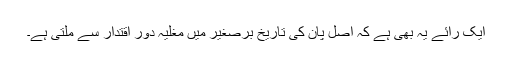
ایک رائے یہ بھی ہے کہ اصل پان کی تاریخ برصغیر میں مغلیہ دورِ اقتدار سے ملتی ہے۔